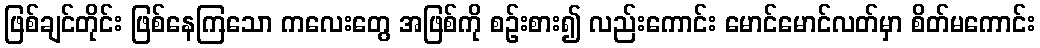
ဖြစ်ချင်တိုင်း ဖြစ်နေကြသော ကလေးတွေ အဖြစ်ကို စဉ်းစား၍ လည်းကောင်း မောင်မောင်လတ်မှာ စိတ်မကောင်း